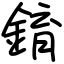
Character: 錥